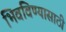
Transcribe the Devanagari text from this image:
भिवविण्यासाठी